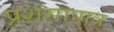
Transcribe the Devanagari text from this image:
प्रशंसापात्र